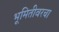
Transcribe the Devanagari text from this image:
भूमितीवरचा